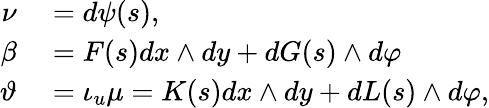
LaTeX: \begin{array}{rl}{\nu}&{{}=d\psi(s),}\\ {\beta}&{{}=F(s)dx\wedge dy+dG(s)\wedge d\varphi}\\ {\vartheta}&{{}=\iota_{u}\mu=K(s)dx\wedge dy+dL(s)\wedge d\varphi,}\end{array}